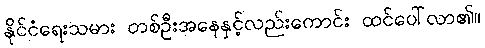
နိုင်ငံရေးသမား တစ်ဦးအနေနှင့်လည်းကောင်း ထင်ပေါ်လာ၏။